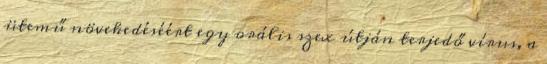
ütemű növekedéséért egy orális szex útján terjedő vírus, a